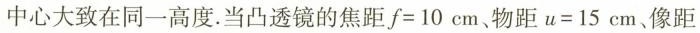
中心大致在同一高度。当凸透镜的焦距$$f = 1 0 c m$$、物距$$u = 1 5 c m$$、像距